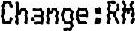
CHANGE:RM